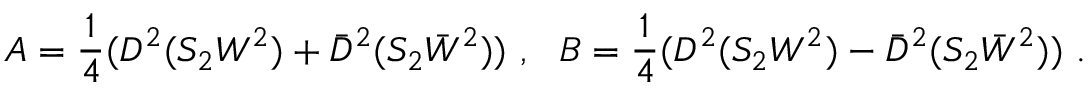
A = \frac { 1 } { 4 } ( D ^ { 2 } ( S _ { 2 } W ^ { 2 } ) + \bar { D } ^ { 2 } ( S _ { 2 } \bar { W } ^ { 2 } ) ) ~ , ~ ~ B = \frac { 1 } { 4 } ( D ^ { 2 } ( S _ { 2 } W ^ { 2 } ) - \bar { D } ^ { 2 } ( S _ { 2 } \bar { W } ^ { 2 } ) ) ~ .